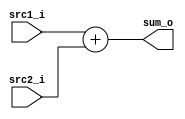
`timescale 1ns / 1ps
//////////////////////////////////////////////////////////////////////////////////
// Company: 
// Engineer: 
// 
// Design Name: 
// Module Name:    Adder 
// Project Name: 
// Target Devices: 
// Tool versions: 
// Description: 
//
// Dependencies: 
//
// Revision: 
// Revision 0.01 - File Created
// Additional Comments: 
//
//////////////////////////////////////////////////////////////////////////////////
module Adder(
    src1_i,
	src2_i,
	sum_o
	);
     
//I/O ports
		input  [32-1:0]  src1_i;
		input  [32-1:0]  src2_i;
		output [32-1:0]  sum_o;

//Internal Signals
		wire    [32-1:0]	 sum_o;

//Parameter
    
//Main function
		assign sum_o = src1_i + src2_i;
		endmodule